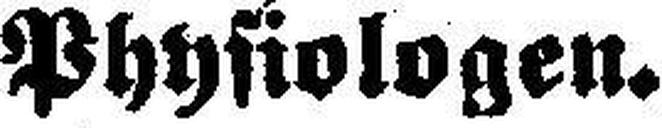
Physiologen.